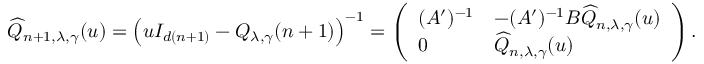
\widehat { Q } _ { n + 1 , \lambda , \gamma } ( u ) = \left( u I _ { d ( n + 1 ) } - Q _ { \lambda , \gamma } ( n + 1 ) \right) ^ { - 1 } = \left( \begin{array} { l l } { ( A ^ { \prime } ) ^ { - 1 } } & { - ( A ^ { \prime } ) ^ { - 1 } B \widehat { Q } _ { n , \lambda , \gamma } ( u ) } \\ { 0 } & { \widehat { Q } _ { n , \lambda , \gamma } ( u ) } \end{array} \right) .